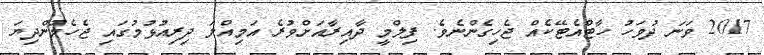
2017 ވަނަ ދުވަހު ހާޓްއެޓޭކެއް ޖެހިގެންނެވެ. ފިލްމީ ދާއިރާއަށްވުރެ އަމިއްލަ ދިރިއުޅުމުގައި ޖެހެމުންދިޔަ